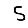
Digit: 5